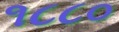
૧૮૮૦